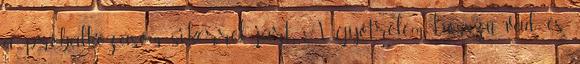
a próbálkozásom sikerrel járt. A gyötrelem hosszú, vad és